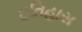
ઇતિહાસ